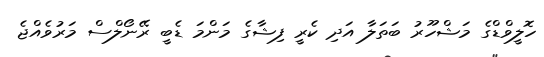
ހޮލީވްޑްގެ މަޝްހޫރު ބަތަލާ އަދި ކެރީ ފިޝާގެ މަންމަ ޑެބީ ރޭނޯލްސް މަރުވެއްޖެ